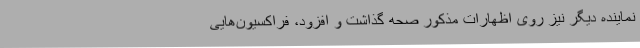
نماینده دیگر نیز روی اظهارات مذکور صحه گذاشت و افزود، فراکسیون‌هایی